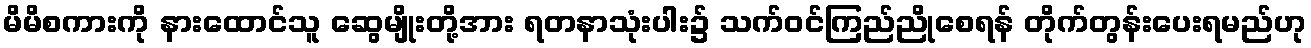
မိမိစကားကို နားထောင်သူ ဆွေမျိုးတို့အား ရတနာသုံးပါး၌ သက်ဝင်ကြည်ညိုစေရန် တိုက်တွန်းပေးရမည်ဟု